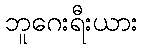
ဘူဂေးရီးယား